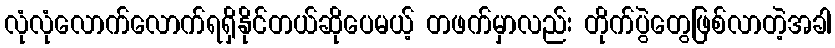
လုံလုံလောက်လောက်ရရှိနိုင်တယ်ဆိုပေမယ့် တဖက်မှာလည်း တိုက်ပွဲတွေဖြစ်လာတဲ့အခါ